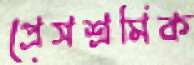
প্রেসশ্রমিক